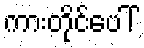
ကားတိုင်ပေါ်